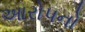
આરોપનો